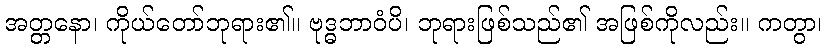
အတ္တနော၊ ကိုယ်တော်ဘုရား၏။ ဗုဒ္ဓဘာဝံပိ၊ ဘုရားဖြစ်သည်၏ အဖြစ်ကိုလည်း။ ကတွာ၊